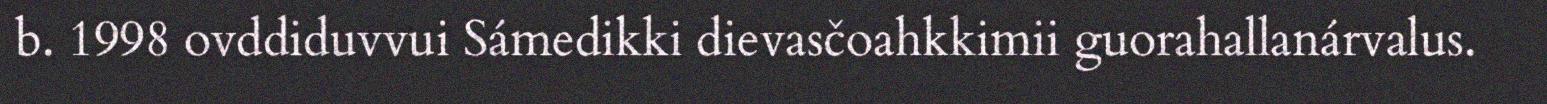
b. 1998 ovddiduvvui Sámedikki dievasčoahkkimii guorahallanárvalus.